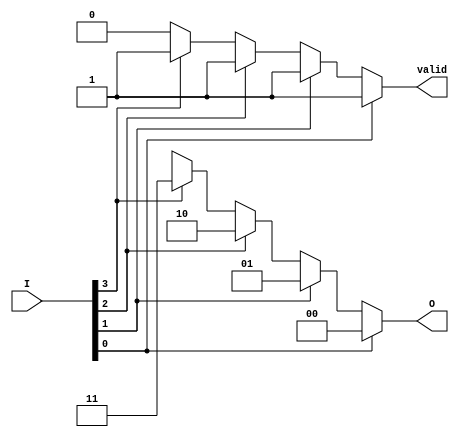
module one_of_n_encoder(
    input wire [3:0] I,   // N input lines (here N=4)
    output reg [1:0] O,   // log2(N) output lines (here log2(4)=2)
    output reg valid       // Valid output signal
);

    always @(*) begin
        valid = 0; // Initially assume no valid input
        O = 2'bxx; // Default output state
        // Check each input
        if (I[0]) begin
            O = 2'b00; // I[0] is active
            valid = 1;
        end else if (I[1]) begin
            O = 2'b01; // I[1] is active
            valid = 1;
        end else if (I[2]) begin
            O = 2'b10; // I[2] is active
            valid = 1;
        end else if (I[3]) begin
            O = 2'b11; // I[3] is active
            valid = 1;
        end
        // If all inputs are low, O remains undefined (2'bxx)
    end

endmodule